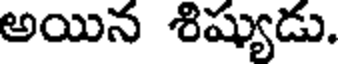
అయిన శిష్యుడు.